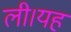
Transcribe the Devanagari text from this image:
ली।यह